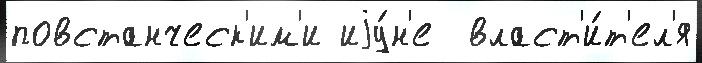
повстанческ'им'и иjу́н'е  власт'и́т'ел'я